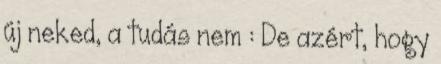
új neked, a tudás nem : De azért, hogy